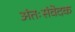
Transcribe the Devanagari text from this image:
अंतःसंवेदक